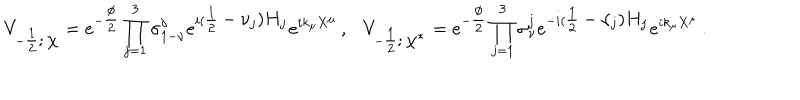
V _ { - \textstyle { \frac { 1 } { 2 } } ; \chi } = e ^ { - \textstyle { \frac { \phi } { 2 } } } \prod _ { j = 1 } ^ { 3 } \sigma _ { 1 - \nu } ^ { j } e ^ { i ( \textstyle { \frac { 1 } { 2 } } - \nu _ { j } ) H _ { j } } e ^ { i k _ { \mu } X ^ { \mu } } \, , \ \ \ V _ { - \textstyle { \frac { 1 } { 2 } } ; \chi ^ { * } } = e ^ { - \textstyle { \frac { \phi } { 2 } } } \prod _ { j = 1 } ^ { 3 } \sigma _ { \nu } ^ { j } e ^ { - i ( \textstyle { \frac { 1 } { 2 } } - \nu _ { j } ) H _ { j } } e ^ { i k _ { \mu } X ^ { \mu } } \, .